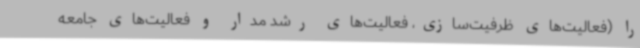
را (فعالیت‌های ظرفیت‌سازی، فعالیت‌های رشد مدار و فعالیت‌های جامعه